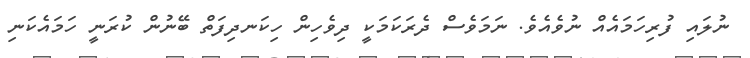
ނުލައި ފުރިހަމައެއް ނުވެއެވެ. ނަމަވެސް ދެރަކަމަކީ ދިވެހިން ހިކަނދިފަތް ބޭނުން ކުރަނީ ހަމައެކަނި